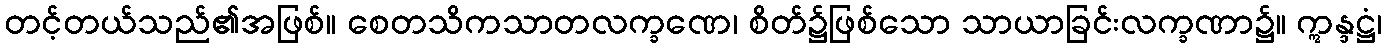
တင့်တယ်သည်၏အဖြစ်။ စေတသိကသာတလက္ခဏေ၊ စိတ်၌ဖြစ်သော သာယာခြင်းလက္ခဏာ၌။ ဣန္ဒဋ္ဌံ၊